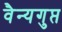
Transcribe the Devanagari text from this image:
वैन्यगुप्त